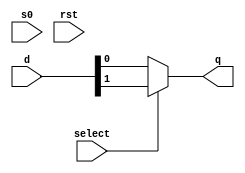
module mux_ledd(input select,s0,rst, input[1:0] d, output reg q );

reg sel;
always @( select)
begin

					if (select==0)
						begin
							q = d[0];
						end
					else
						q = d[1];		

end
endmodule